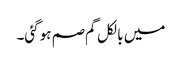
میں بالکل گم صم ہوگئی۔